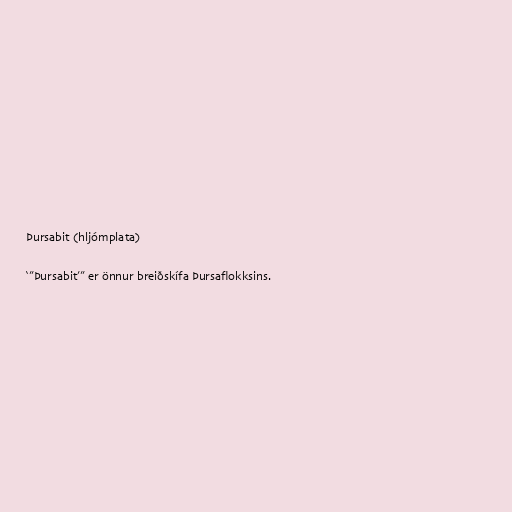
Þursabit (hljómplata)

‘’’Þursabit’’’ er önnur breiðskífa Þursaflokksins.